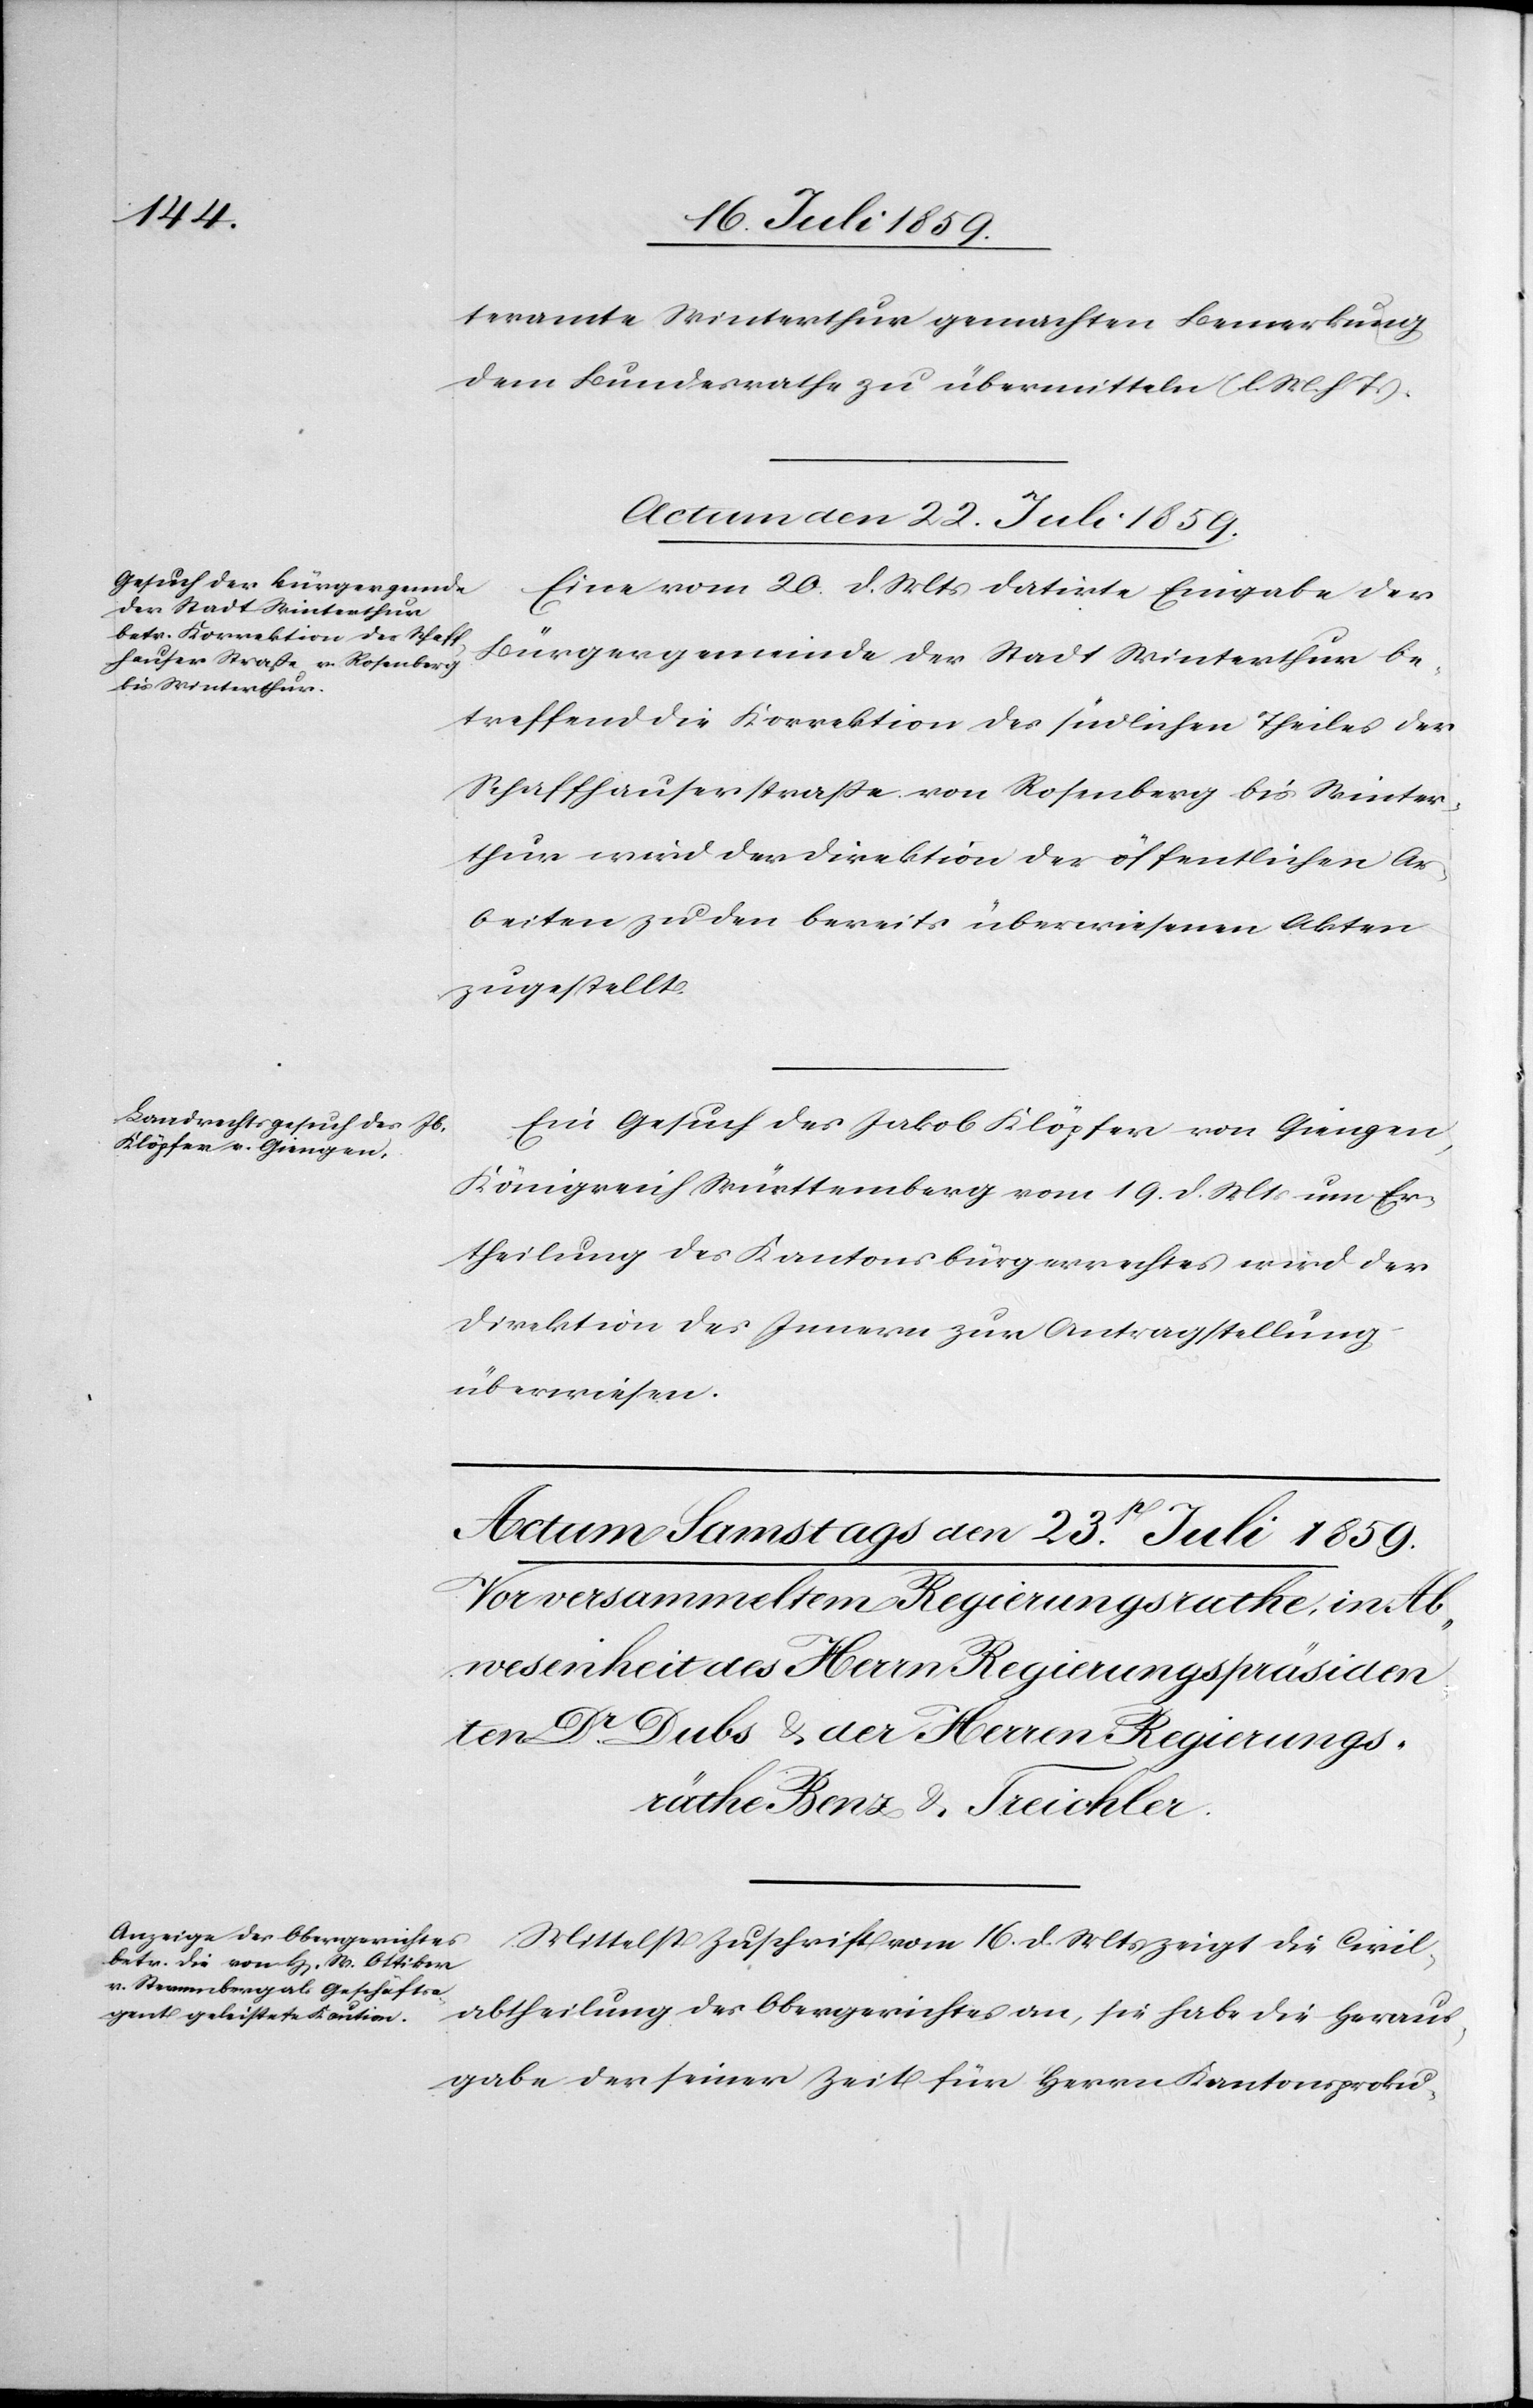
teramt Winterthur gemachten Bemerkung
dem Bundesrathe zu übermitteln (l. M. h. T.).
Actum den 22. Juli 1859.]
Eine vom 20. d. Mts. datirte Eingabe der
Bürgergemeinde der Stadt Winterthur be¬
treffend die Korrektion des südlichen Theiles der
Schaffhauserstraße von Rosenberg bis Winter¬
thur wird der Direktion der öffentlichen Ar¬
beiten zu den bereits überwiesenen Akten
zugestellt.
Ein Gesuch des Jakob Klöpfer von Giengen,
Königreich Württemberg vom 19. d. Mts. um Er¬
theilung des Kantonsbürgerrechtes wird der
Direktion des Innern zur Antragstellung
überwiesen.
Mittelst Zuschrift vom 16. d. Mts. zeigt die Civil¬
abtheilung des Obergerichtes an, sie habe die Heraus¬
gabe der seiner Zeit für Herrn Kantonsproku-